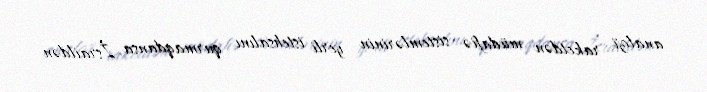
analoji raketdən müdafiə sistemlərinin yerli istehsalını qurmaqdansa, İsraildən